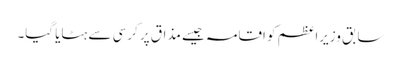
سابق وزیراعظم کو اقامہ جیسے مذاق پر کرسی سے ہٹایا گیا۔